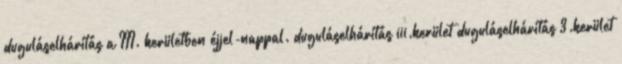
duguláselhárítás a III. kerületben éjjel-nappal. duguláselhárítás iii.kerület duguláselhárítás 3.kerület